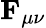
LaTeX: \mathbf{F}_{\mu\nu}